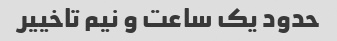
حدود یک ساعت و نیم تاخییر